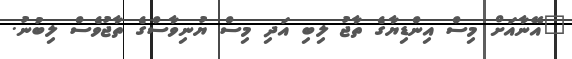
"އޭނާއަށް މިސް އިންޑިޔާގެ ތާޖު ލިބި އަދި މިސް ޔުނިވާސްގެ ތާޖުވެސް ލިބުނު.